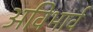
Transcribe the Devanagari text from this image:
अविभार्व